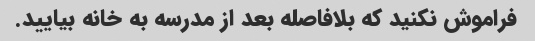
فراموش نکنید که بلافاصله بعد از مدرسه به خانه بیایید.